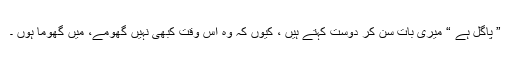
” پاگل ہے “ میری بات سن کر دوست کہتے ہیں ، کیوں کہ وہ اس وقت کبھی نہیں گھومے، میں گھوما ہوں ۔